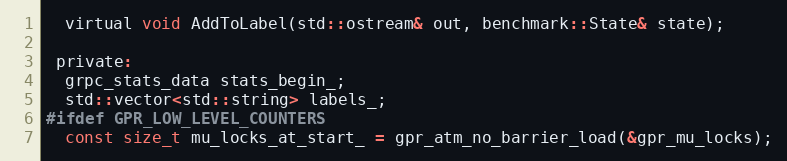
Language: C
  virtual void AddToLabel(std::ostream& out, benchmark::State& state);

 private:
  grpc_stats_data stats_begin_;
  std::vector<std::string> labels_;
#ifdef GPR_LOW_LEVEL_COUNTERS
  const size_t mu_locks_at_start_ = gpr_atm_no_barrier_load(&gpr_mu_locks);